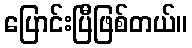
ပြောင်းပြီဖြစ်တယ်။